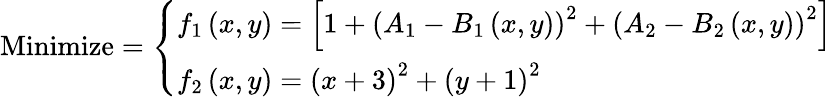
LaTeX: {\mathrm{Minimize}}={\left\{ \begin{array}{ll}{f_{1}\left(x,y\right)=\left[1+\left(A_{1}-B_{1}\left(x,y\right)\right)^{2}+\left(A_{2}-B_{2}\left(x,y\right)\right)^{2}\right]}\\ {f_{2}\left(x,y\right)=\left(x+3\right)^{2}+\left(y+1\right)^{2}}\end{array}\right.}